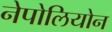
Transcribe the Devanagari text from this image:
नेपोलियोन